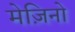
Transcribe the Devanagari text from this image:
मेज़िनो